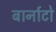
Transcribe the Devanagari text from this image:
बार्नाटो